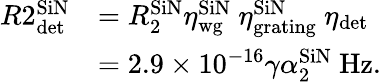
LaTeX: \begin{array}{rl}{R2_{\textrm{det}}^{\textrm{SiN}}}&{=R_{2}^{\textrm{SiN}}\eta_{\textrm{wg}}^{\textrm{SiN}}\ \eta_{\textrm{grating}}^{\textrm{SiN}}\ \eta_{\textrm{det}}}\\ &{=2.9\times 10^{-16}\gamma\alpha_{2}^{\textrm{SiN}}\ \textrm{Hz}.}\end{array}